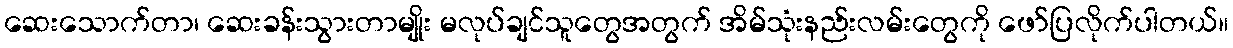
ဆေးသောက်တာ၊ ဆေးခန်းသွားတာမျိုး မလုပ်ချင်သူတွေအတွက် အိမ်သုံးနည်းလမ်းတွေကို ဖော်ပြလိုက်ပါတယ်။